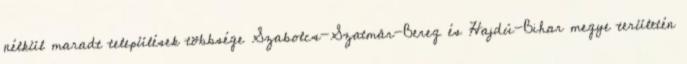
nélkül maradt települések többsége Szabolcs-Szatmár-Bereg és Hajdú-Bihar megye területén